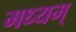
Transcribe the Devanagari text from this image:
मध्यम्